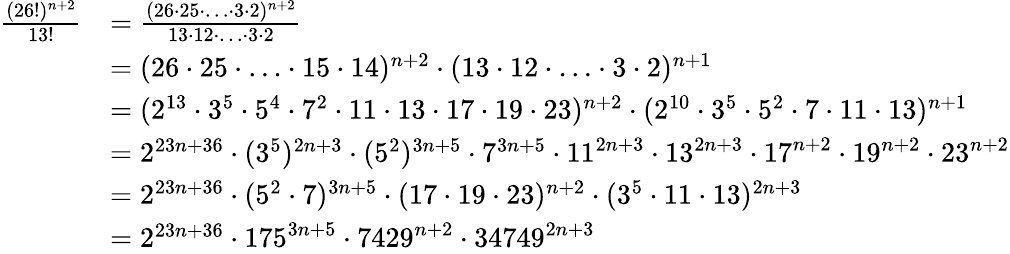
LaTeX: \begin{array}{rl}{\frac{(26!)^{n+2}}{13!}}&{=\frac{(26\cdot 25\cdot\ldots\cdot 3\cdot 2)^{n+2}}{13\cdot 12\cdot\ldots\cdot 3\cdot 2}}\\ &{=(26\cdot 25\cdot\ldots\cdot 15\cdot 14)^{n+2}\cdot(13\cdot 12\cdot\ldots\cdot 3\cdot 2)^{n+1}}\\ &{=(2^{13}\cdot 3^{5}\cdot 5^{4}\cdot 7^{2}\cdot 11\cdot 13\cdot 17\cdot 19\cdot 23)^{n+2}\cdot(2^{10}\cdot 3^{5}\cdot 5^{2}\cdot 7\cdot 11\cdot 13)^{n+1}}\\ &{=2^{23n+36}\cdot(3^{5})^{2n+3}\cdot(5^{2})^{3n+5}\cdot 7^{3n+5}\cdot 11^{2n+3}\cdot 13^{2n+3}\cdot 17^{n+2}\cdot 19^{n+2}\cdot 23^{n+2}}\\ &{=2^{23n+36}\cdot(5^{2}\cdot 7)^{3n+5}\cdot(17\cdot 19\cdot 23)^{n+2}\cdot(3^{5}\cdot 11\cdot 13)^{2n+3}}\\ &{=2^{23n+36}\cdot 175^{3n+5}\cdot 7429^{n+2}\cdot 34749^{2n+3}}\end{array}